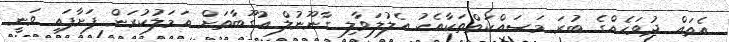
އެތައް ދުވަހެއްގެ ބުރަ މަސައްކަތްތަކާއެކު އެލުލަވާލި ގާނޫނުލް އުގޫބާތަށް އަމަލުކުރަން ފަށާފައި ވަނީ